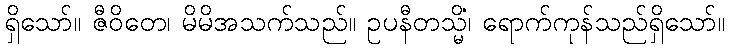
ရှိသော်။ ဇီဝိတေ၊ မိမိအသက်သည်။ ဥပနီတသ္မိံ၊ ရောက်ကုန်သည်ရှိသော်။